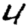
Digit: 4